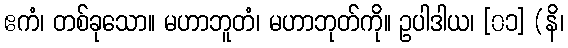
ဧကံ၊ တစ်ခုသော။ မဟာဘူတံ၊ မဟာဘုတ်ကို။ ဥပါဒါယ၊ [၀၁] (နိ၊